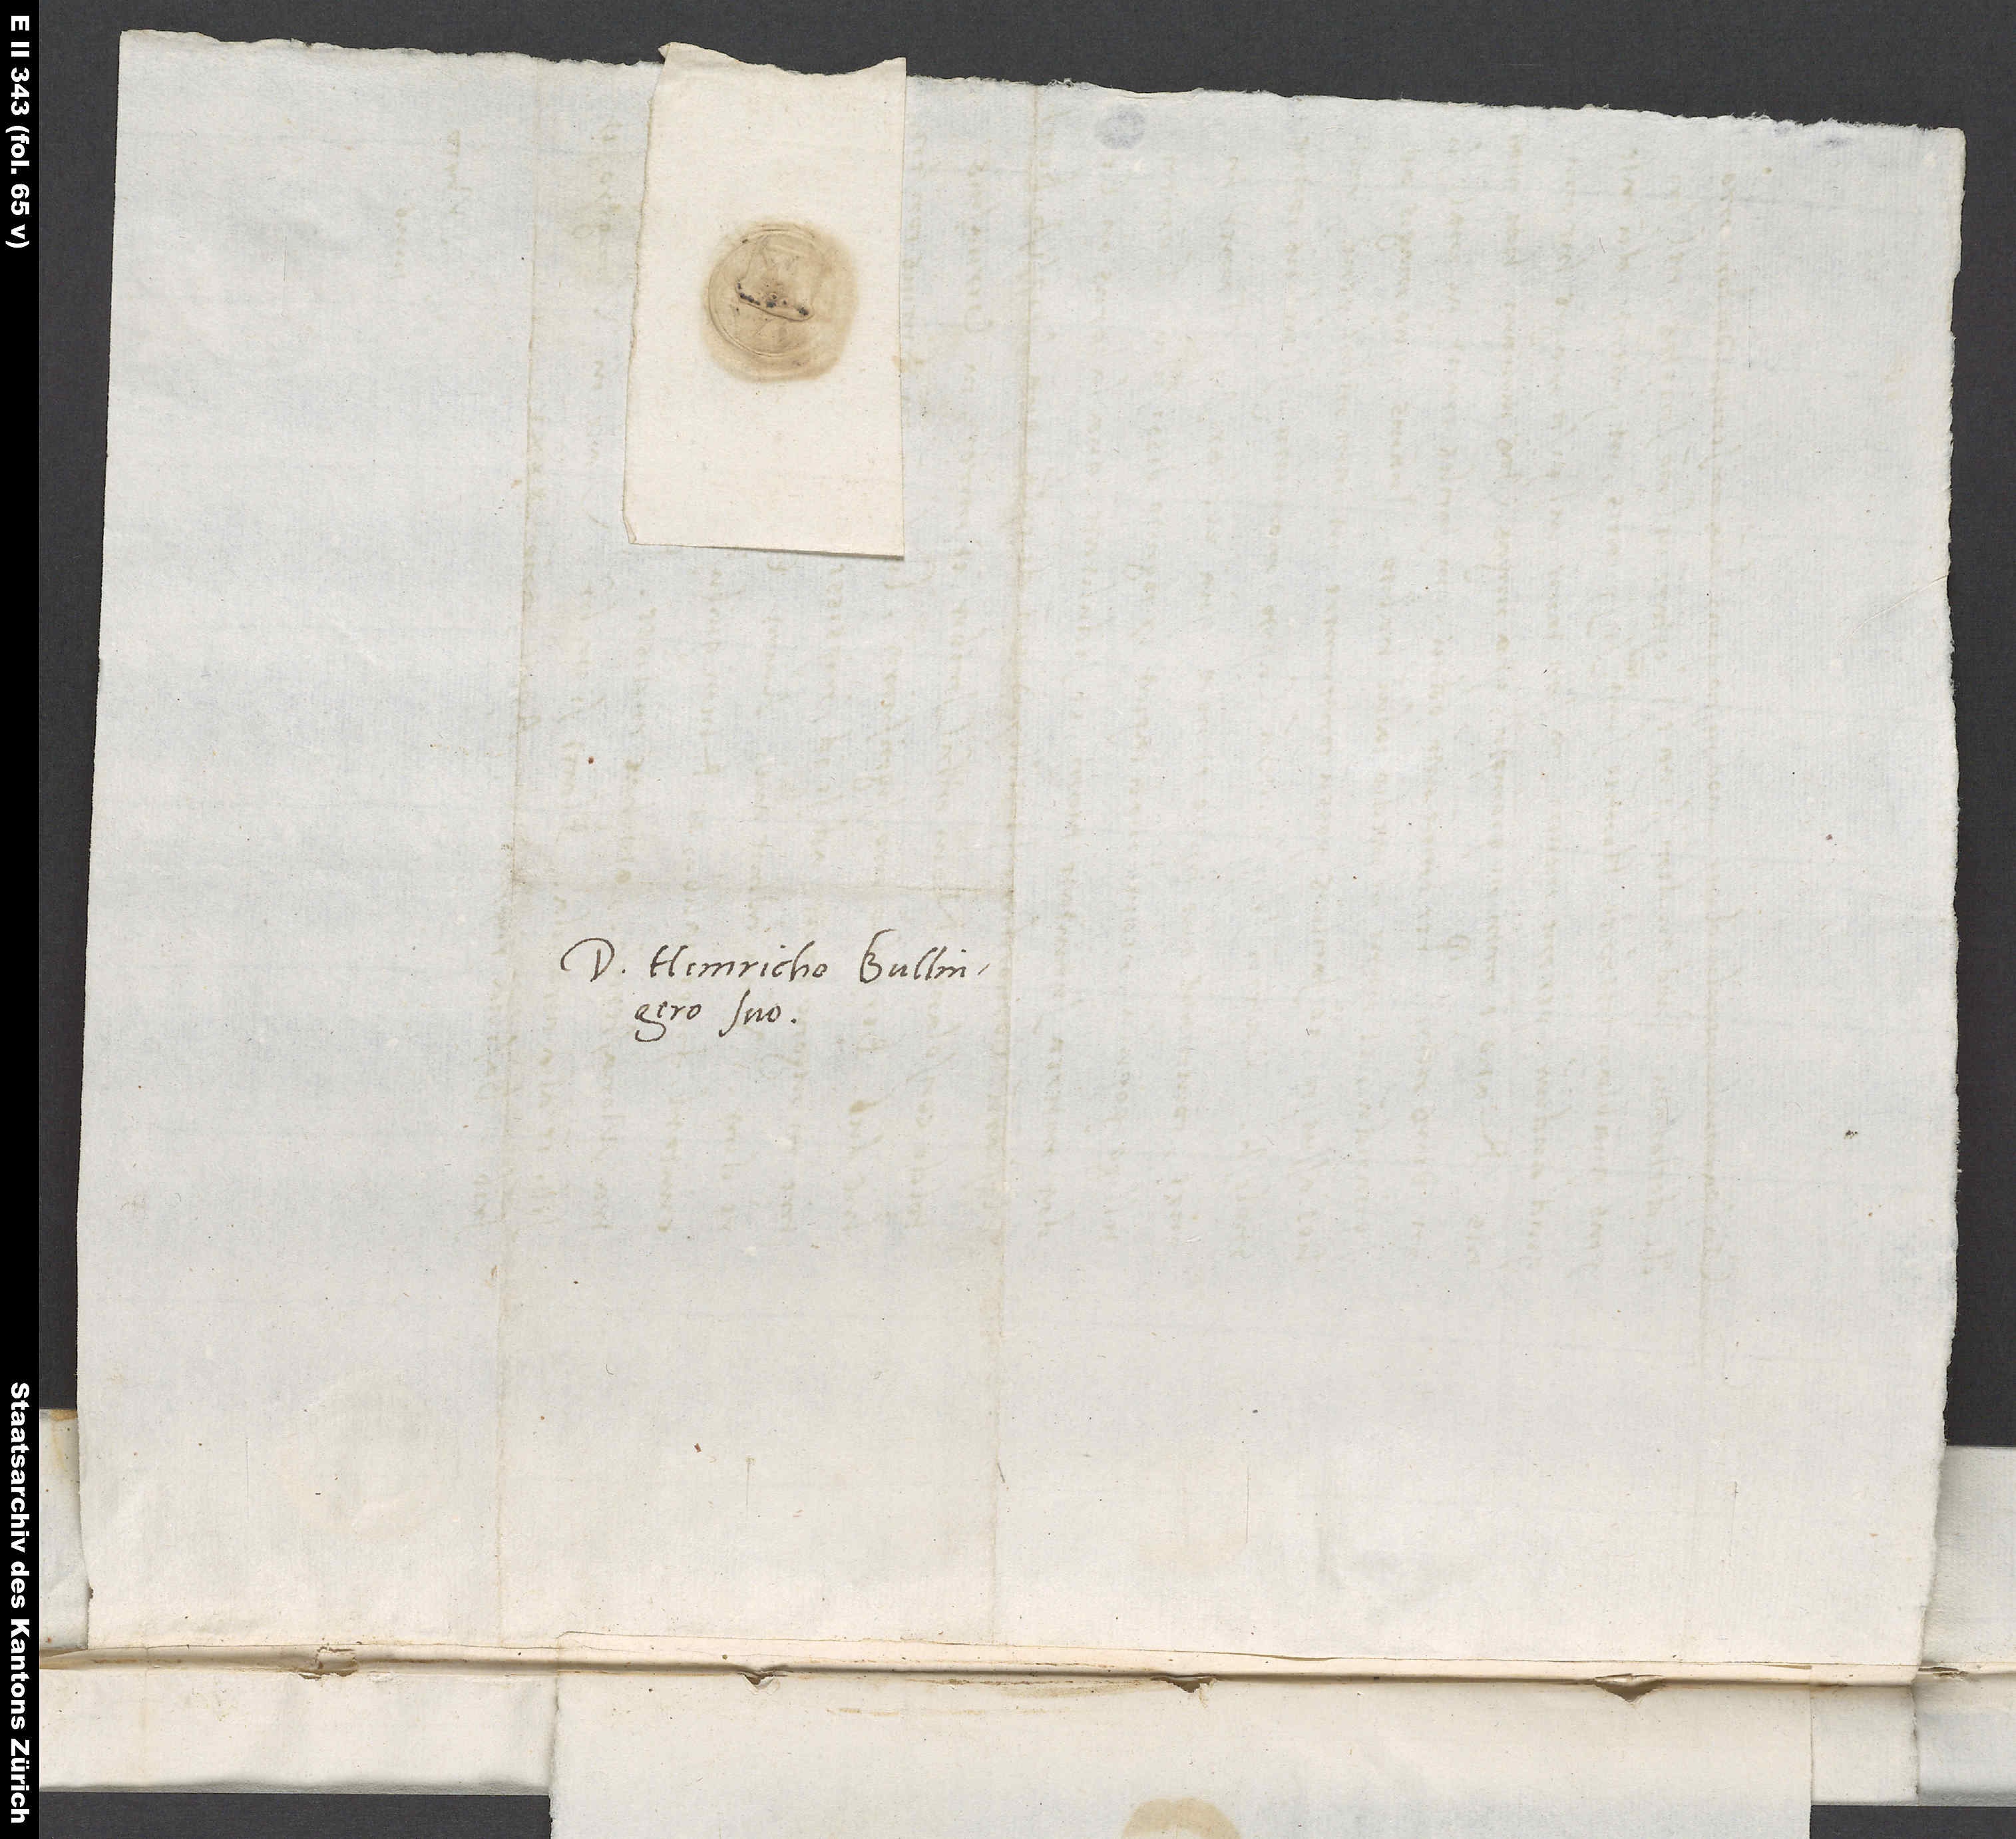
Domino Heinricho Bullingero
suo.